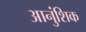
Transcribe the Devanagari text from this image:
आनुंशिक